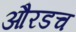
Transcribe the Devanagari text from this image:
औरडच